Civil Veterinary Dept. Assam report 1927-50 - 1927-1950
Year: 1927
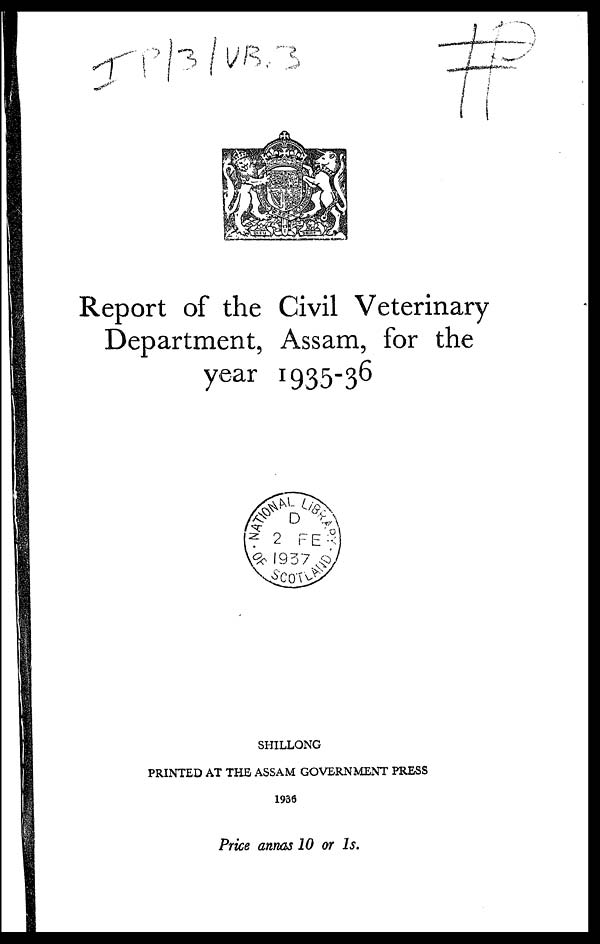
Report of the Civil Veterinary
Department, Assam, for the
year 1935-36
SHILLONG
PRINTED AT THE ASSAM GOVERNMENT PRESS
1936
Price annas 10 or 1s.